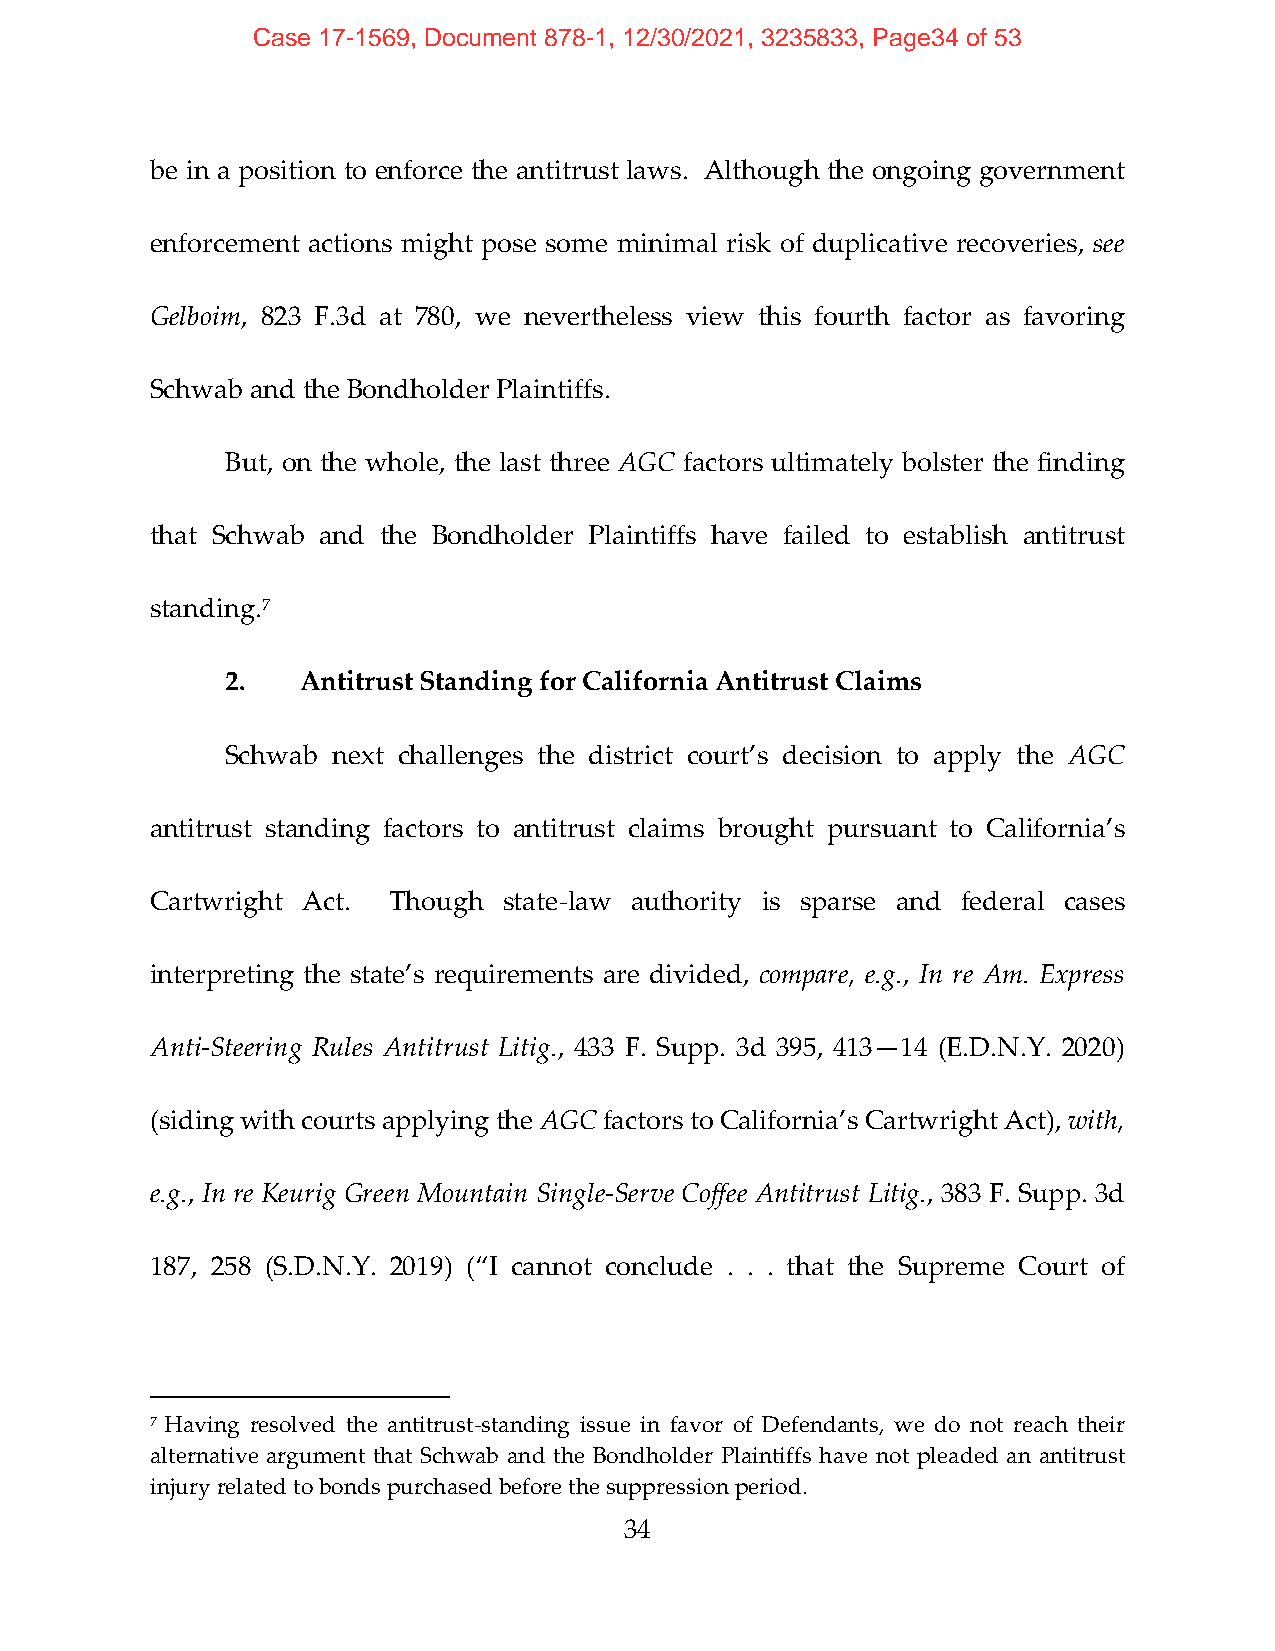
Case 17-1569, Document 878-1, 12/30/2021, 3235833, Page34 of 53
 be in a position to enforce the antitrust laws. Although the ongoing government
 enforcement actions might pose some minimal risk of duplicative recoveries, see
 Gelboim, 823 F.3d at 780, we nevertheless view this fourth factor as favoring
 Schwab and the Bondholder Plaintiffs.
 But, on the whole, the last three AGC factors ultimately bolster the finding
 that Schwab and the Bondholder Plaintiffs have failed to establish antitrust
 standing.7
 2.   Antitrust Standing for California Antitrust Claims
 Schwab next challenges the district court’s decision to apply the AGC
 antitrust standing factors to antitrust claims brought pursuant to California’s
 Cartwright Act. Though state‐law authority is sparse and federal cases
 interpreting the state’s requirements are divided, compare, e.g., In re Am. Express
 Anti‐Steering Rules Antitrust Litig., 433 F. Supp. 3d 395, 413—14 (E.D.N.Y. 2020)
 (siding with courts applying the AGC factors to California’s Cartwright Act), with,
 e.g., In re Keurig Green Mountain Single‐Serve Coffee Antitrust Litig., 383 F. Supp. 3d
 187, 258 (S.D.N.Y. 2019) (“I cannot conclude . . . that the Supreme Court of
 7 Having resolved the antitrust‐standing issue in favor of Defendants, we do not reach their
 alternative argument that Schwab and the Bondholder Plaintiffs have not pleaded an antitrust
 injury related to bonds purchased before the suppression period.
 34